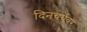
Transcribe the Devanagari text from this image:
दिनचर्येवर